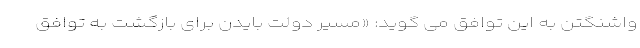
واشنگتن به این توافق می گوید: «مسیر دولت بایدن برای بازگشت به توافق